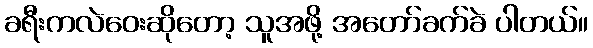
ခရီးကလဲဝေးဆိုတော့ သူအဖို့ အတော်ခက်ခဲ ပါတယ်။